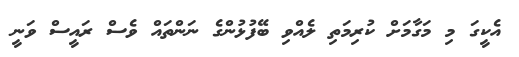
އެކީގަ މި މަގާމަށް ކުރިމަތި ލެއްވި ބޭފުޅުންގެ ނަންތައް ވެސް ރައީސް ވަނީ